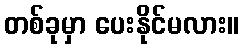
တစ်ခုမှာ ပေးနိုင်မလား။